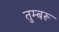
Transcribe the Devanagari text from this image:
तुम्बरू